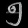
Digit: ၅